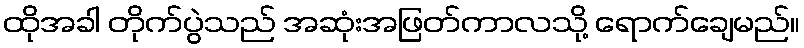
ထိုအခါ တိုက်ပွဲသည် အဆုံးအဖြတ်ကာလသို့ ရောက်ချေမည်။